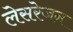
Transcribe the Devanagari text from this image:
लेसरेजन